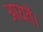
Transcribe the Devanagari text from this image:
आयतें।